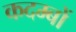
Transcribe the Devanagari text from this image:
कदम्बों